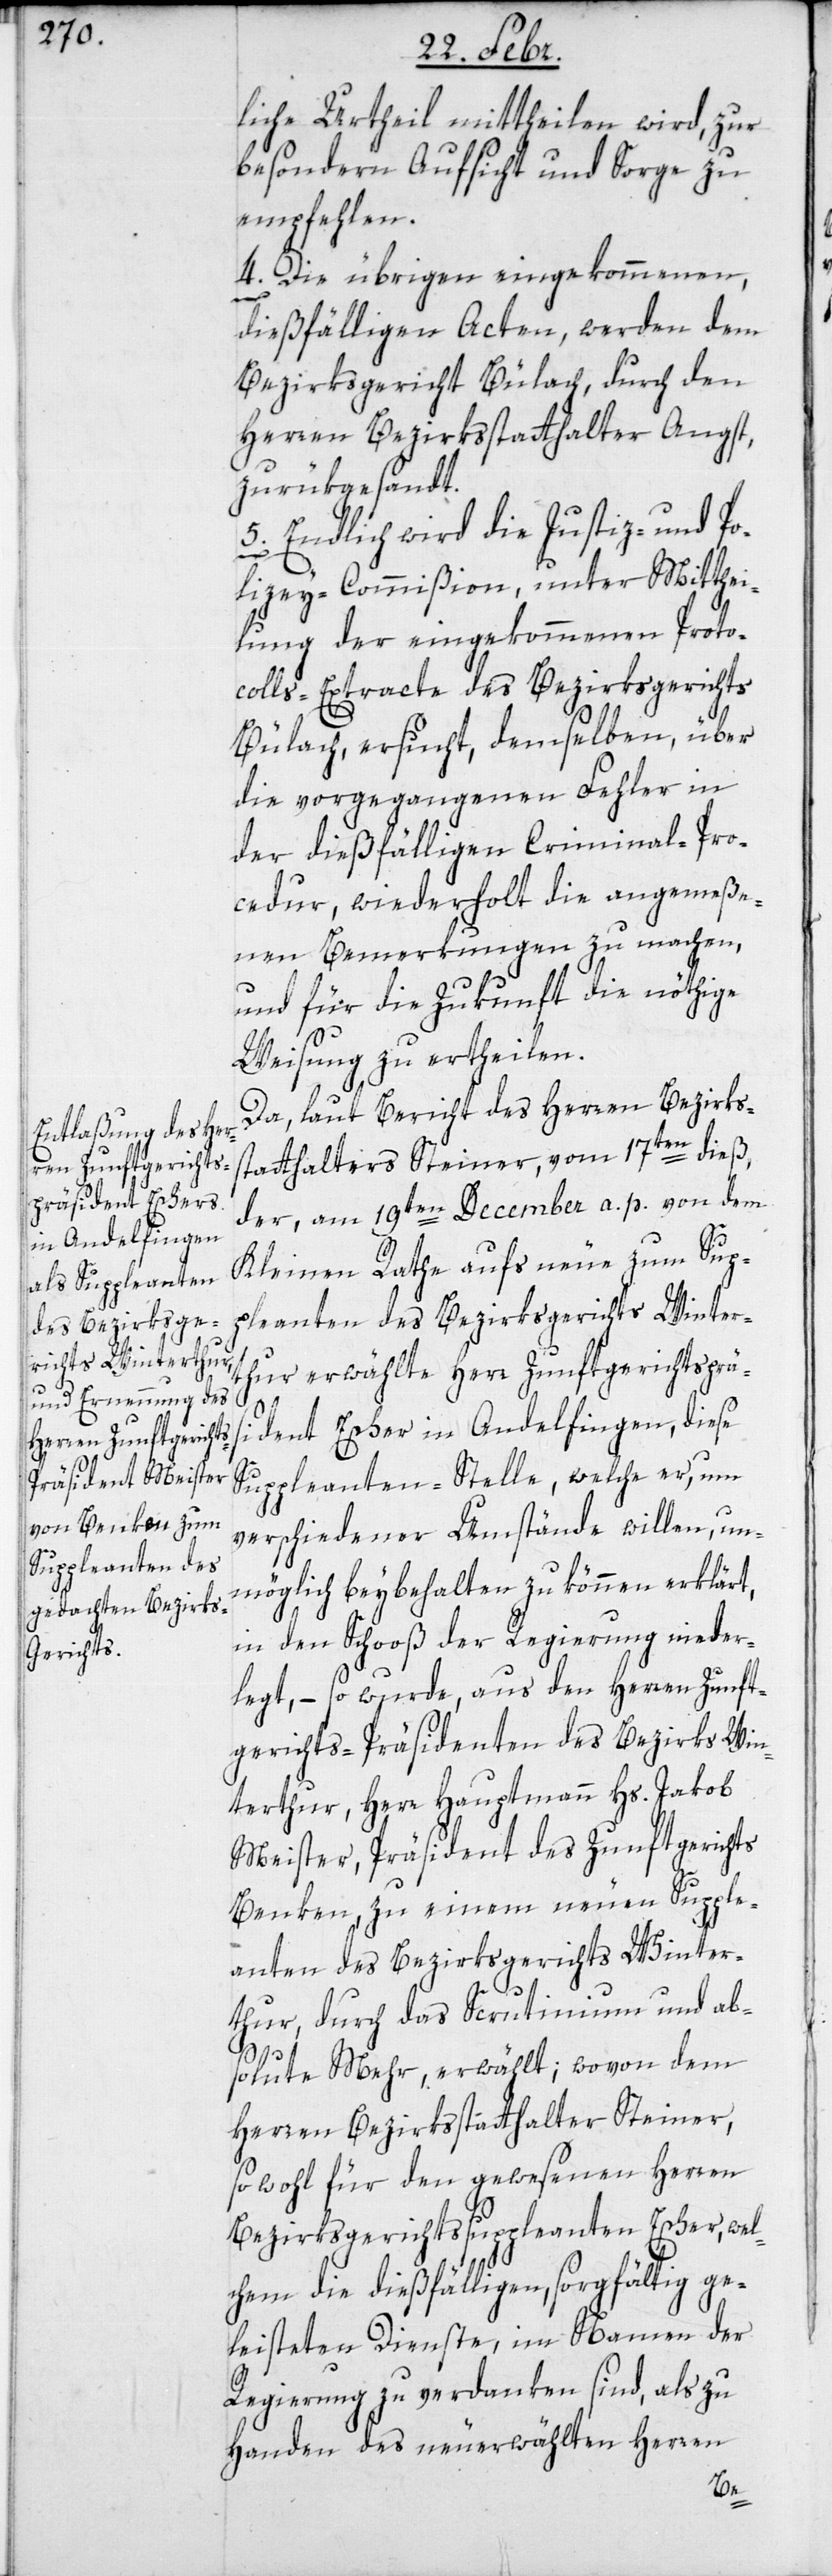
liche Urtheil mittheilen wird, zur
besondern Aufsicht und Sorge zu
empfehlen.
4. Die übrigen eingekommenen,
dießfälligen Acten, werden dem
Bezirksgericht Bülach, durch den
Herren Bezirksstatthalter Angst,
zurükgesandt.
5. Endlich wird die Justiz- und Po¬
lizey-Commißion, unter Mitthei¬
lung der eingekommenen Proto¬
colls-Extracte des Bezirksgerichts
Bülach, ersucht, demselben über
die vorgegangenen Fehler in
der dießfälligen Criminal-Pro¬
cedur, wiederholt die angemeße¬
nen Bemerkungen zu machen,
und für die Zukunft die nöthige
Weisung zu ertheilen.
Da, laut Bericht des Herren Bezirks¬
statthalters Steiner, vom 17ten dieß,
der, am 19ten December a. p. von dem
Kleinen Rathe aufs Neue zum Sup¬
pleanten des Bezirksgerichts Wintert¬
hur erwählte Herr Zunftgerichtspräsi¬
dent Escher in Andelfingen, diese
Suppleanten-Stelle, welche er, um
verschiedener Umstände willen, un¬
möglich beybehalten zu können erklärt,
in den Schooß der Regierung nieder¬
legt, – so wurde, aus den Herren Zunft¬
gerichts-Präsidenten des Bezirks Win¬
terthur, Herr Hauptmann Hs. Jakob
Meister, Präsident des Zunftgerichts
Benken, zu einem neuen Supple¬
anten des Bezirksgerichts Winter¬
thur, durch das Scrutinium und ab¬
solute Mehr, erwählt; wovon dem
Herren Bezirksstatthalter Steiner,
sowohl für den gewesenen Herren
Bezirksgerichts-Suppleanten Escher, wel¬
chen die dießfälligen, sorgfältig ge¬
leisteten Dienste, im Namen der
Regierung zu verdanken sind, als zu
Handen des neuerwählten Herren